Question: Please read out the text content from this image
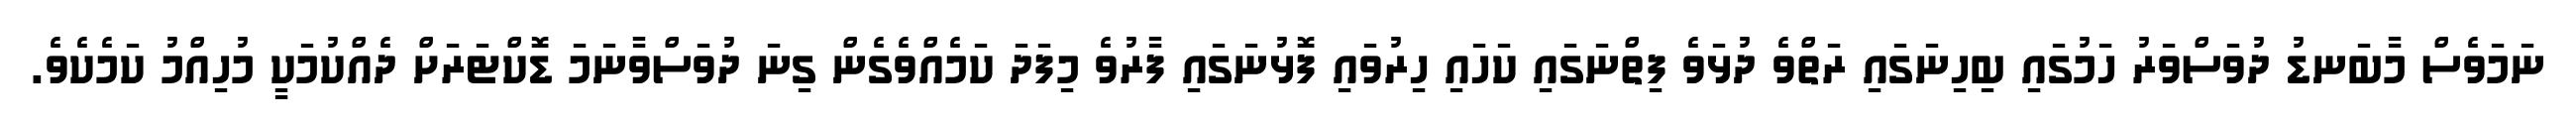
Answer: ނަމަވެސް މާބަނޑު ދުވަސްވަރު ހަމުގައި ބިހިނަގައި ރަތްވެ ދުޅަވެ ފިތްނަގައި ކަހައި ހިރުވައި ފޮޅުނަގައި ފާރުވެ މިފަދަ ކަމެއްވެގެން ގިނަ ދުވަސްވާނަމަ ޑޮކްޓަރަށް ދެއްކުމަކީ މުހިއްމު ކަމެކެވެ.